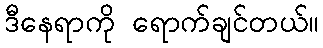
ဒီနေရာကို ရောက်ချင်တယ်။